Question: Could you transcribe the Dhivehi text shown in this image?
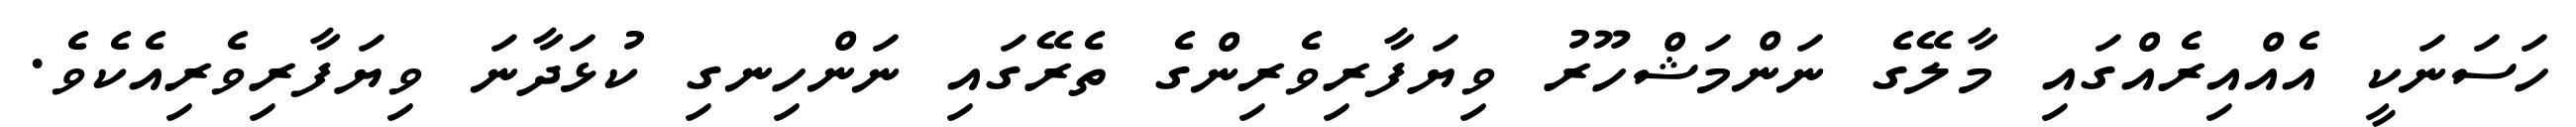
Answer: ހަސަނަކީ އެއްއިރެއްގައި މާލޭގެ ނަންމަޝްހޫރު ވިޔަފާރިވެރިންގެ ތެރޭގައި ނަންހިނގި ކުޅަދާނަ ވިޔަފާރިވެރިއެކެވެ.